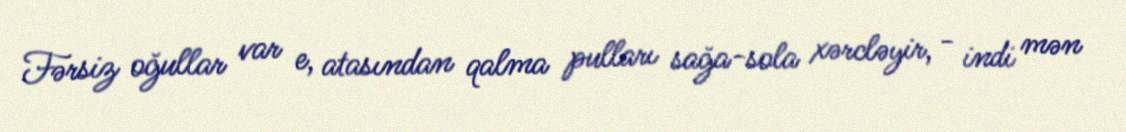
Fərsiz oğullar var e, atasından qalma pulları sağa-sola xərcləyir, - indi mən